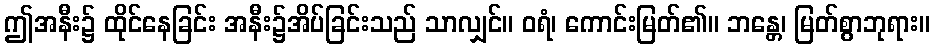
ဤအနီး၌ ထိုင်နေခြင်း အနီး၌အိပ်ခြင်းသည် သာလျှင်။ ဝရံ၊ ကောင်းမြတ်၏။ ဘန္တေ၊ မြတ်စွာဘုရား။